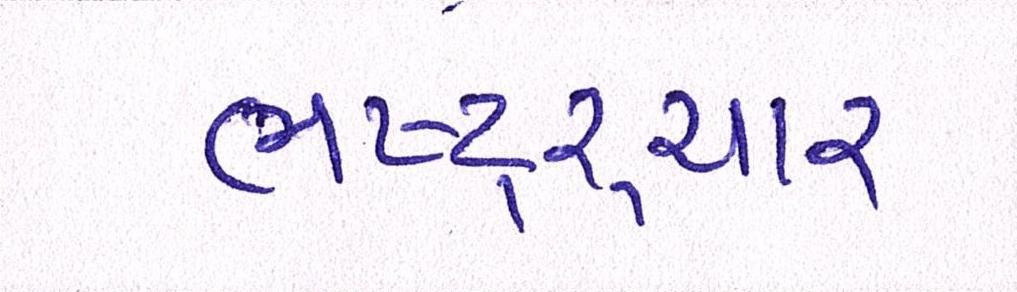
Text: ભષ્ટ્ર્ચાર